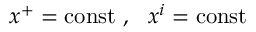
x ^ { + } = \mathrm { c o n s t } \ , \ \ x ^ { i } = \mathrm { c o n s t }